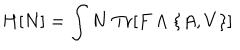
H [ N ] = \int N \ \mathrm { T r } [ F \wedge \{ A , V \} ]